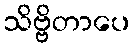
သိဗ္ဗိတာပေ